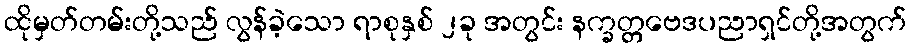
ထိုမှတ်တမ်းတို့သည် လွန်ခဲ့သော ရာစုနှစ် ၂ခု အတွင်း နက္ခတ္တဗေဒပညာရှင်တို့အတွက်